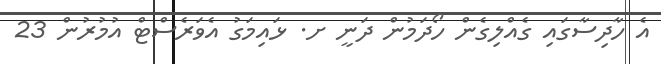
އެ ހާދިސާގައި ގެއްލިގެން ހޯދަމުން ދަނީ ށ. ޅައިމަގު އެވަރެސްޓް އުމުރުން 23